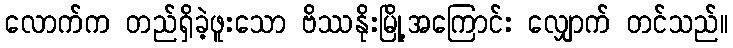
လောက်က တည်ရှိခဲ့ဖူးသော ဗိဿနိုးမြို့အကြောင်း လျှောက် တင်သည်။